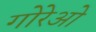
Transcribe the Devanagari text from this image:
गोरेओ